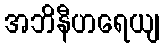
အဘိနီဟရေယျ